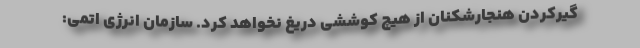
گیرکردن هنجارشکنان از هیچ کوششی دریغ نخواهد کرد. سازمان انرژی اتمی: